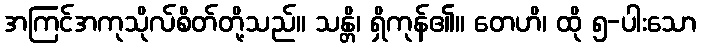
အကြင်အကုသိုလ်စိတ်တို့သည်။ သန္တိ၊ ရှိကုန်၏။ တေဟိ၊ ထို ၅-ပါးသော